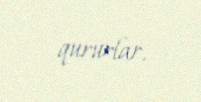
qururlar.